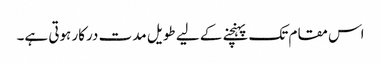
اس مقام تک پہنچنے کے لیے طویل مدت درکار ہوتی ہے۔